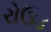
રોઉડ